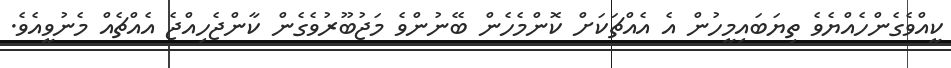
ކީއްވެގެންހެއްޔެވެެ ތިޔަބައިމީހުން އެ އެއްޗަކަށް ކޮންމެހެން ބޭނުންވެ މަޖުބޫރުވެގެން ކާންޖެހިއްޖެ އެއްޗެއް މެނުވީއެވެ.